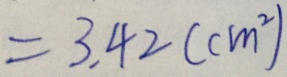
= 3 . 4 2 ( c m ^ { 2 } )